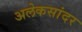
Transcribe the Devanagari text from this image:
अलेकसांदर